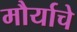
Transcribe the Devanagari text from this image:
मौर्याचे